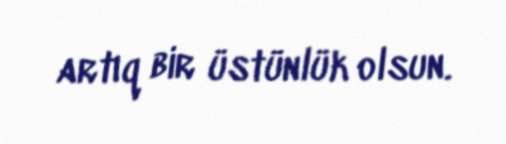
artıq bir üstünlük olsun.